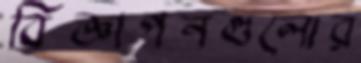
বিজ্ঞাপনগুলোর